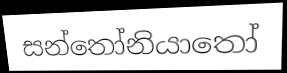
සන්තෝනියාතෝ